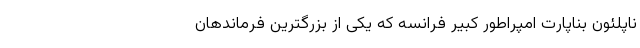
ناپلئون بناپارت امپراطور کبیر فرانسه که یکی از بزرگترین فرماندهان